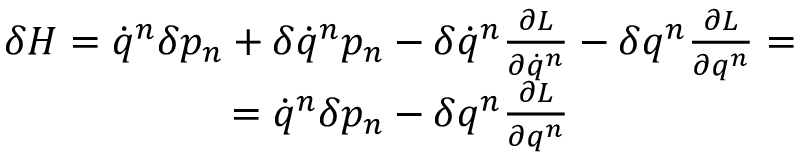
\begin{array} { c } { \delta H = \dot { q } ^ { n } \delta p _ { n } + \delta \dot { q } ^ { n } p _ { n } - \delta \dot { q } ^ { n } \frac { \partial L } { \partial \dot { q } ^ { n } } - \delta q ^ { n } \frac { \partial L } { \partial q ^ { n } } = } \\ { = \dot { q } ^ { n } \delta p _ { n } - \delta q ^ { n } \frac { \partial L } { \partial q ^ { n } } } \end{array}